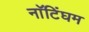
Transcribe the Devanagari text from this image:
नाॅटिंघम